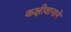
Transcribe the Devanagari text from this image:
कक्षीवानाने